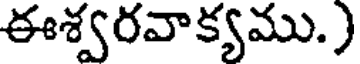
ఈశ్వరవాక్యము.)